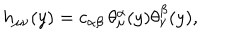
h _ { \mu \nu } ( y ) = c _ { \alpha \beta } \, \theta _ { \mu } ^ { \alpha } ( y ) \theta _ { \nu } ^ { \beta } ( y ) ,